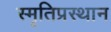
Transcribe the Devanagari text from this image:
स्मृतिप्रस्थान